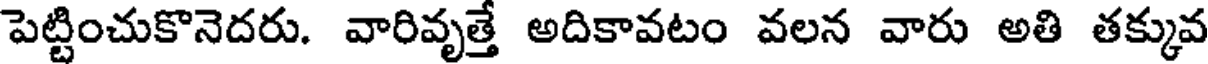
పెట్టించుకొనెదరు. వారివృత్తే అదికావటం వలన వారు అతి తక్కువ